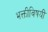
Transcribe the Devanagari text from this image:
भक्तीविषयीं